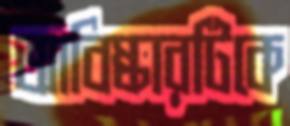
আবিষ্কারটিকে